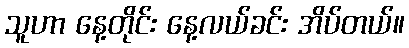
သူဟာ နေ့တိုင်း နေ့လယ်ခင်း အိပ်တယ်။